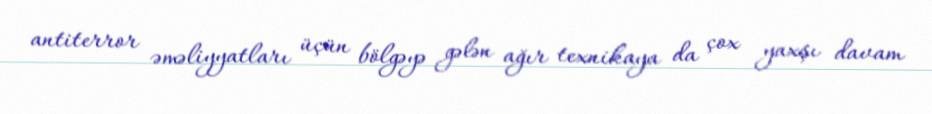
antiterror əməliyyatları üçün bölgəyə gələn ağır texnikaya da çox yaxşı davam